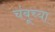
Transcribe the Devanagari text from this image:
चंबूच्या